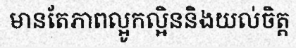
មានតែភាពល្អូកល្អិននិងយល់ចិត្ត